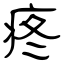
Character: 疼